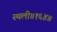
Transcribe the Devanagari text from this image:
स्थली॥१६४॥